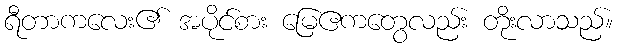
ရီတာကလေး၏ အပိုင်စား မြေဧကတွေလည်း တိုးလာသည်။